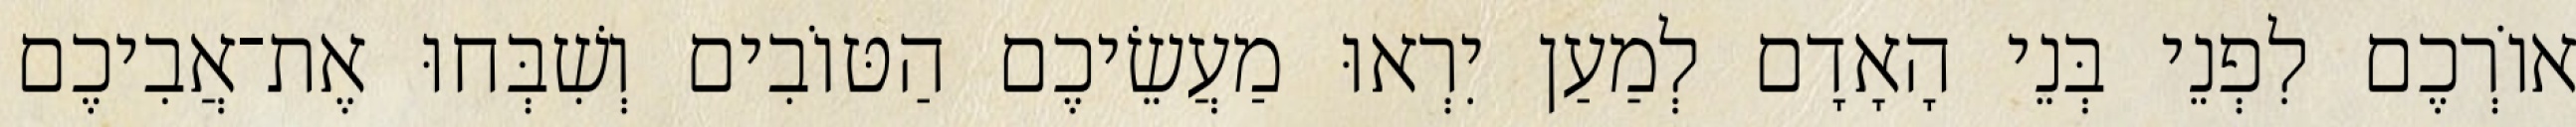
אוֹרְכֶם לִפְנֵי בְּנֵי הָאָדָם לְמַעַן יִרְאוּ מַעֲשֵׂיכֶם הַטּוֹבִים וְשִׁבְּחוּ אֶת־אֲבִיכֶם